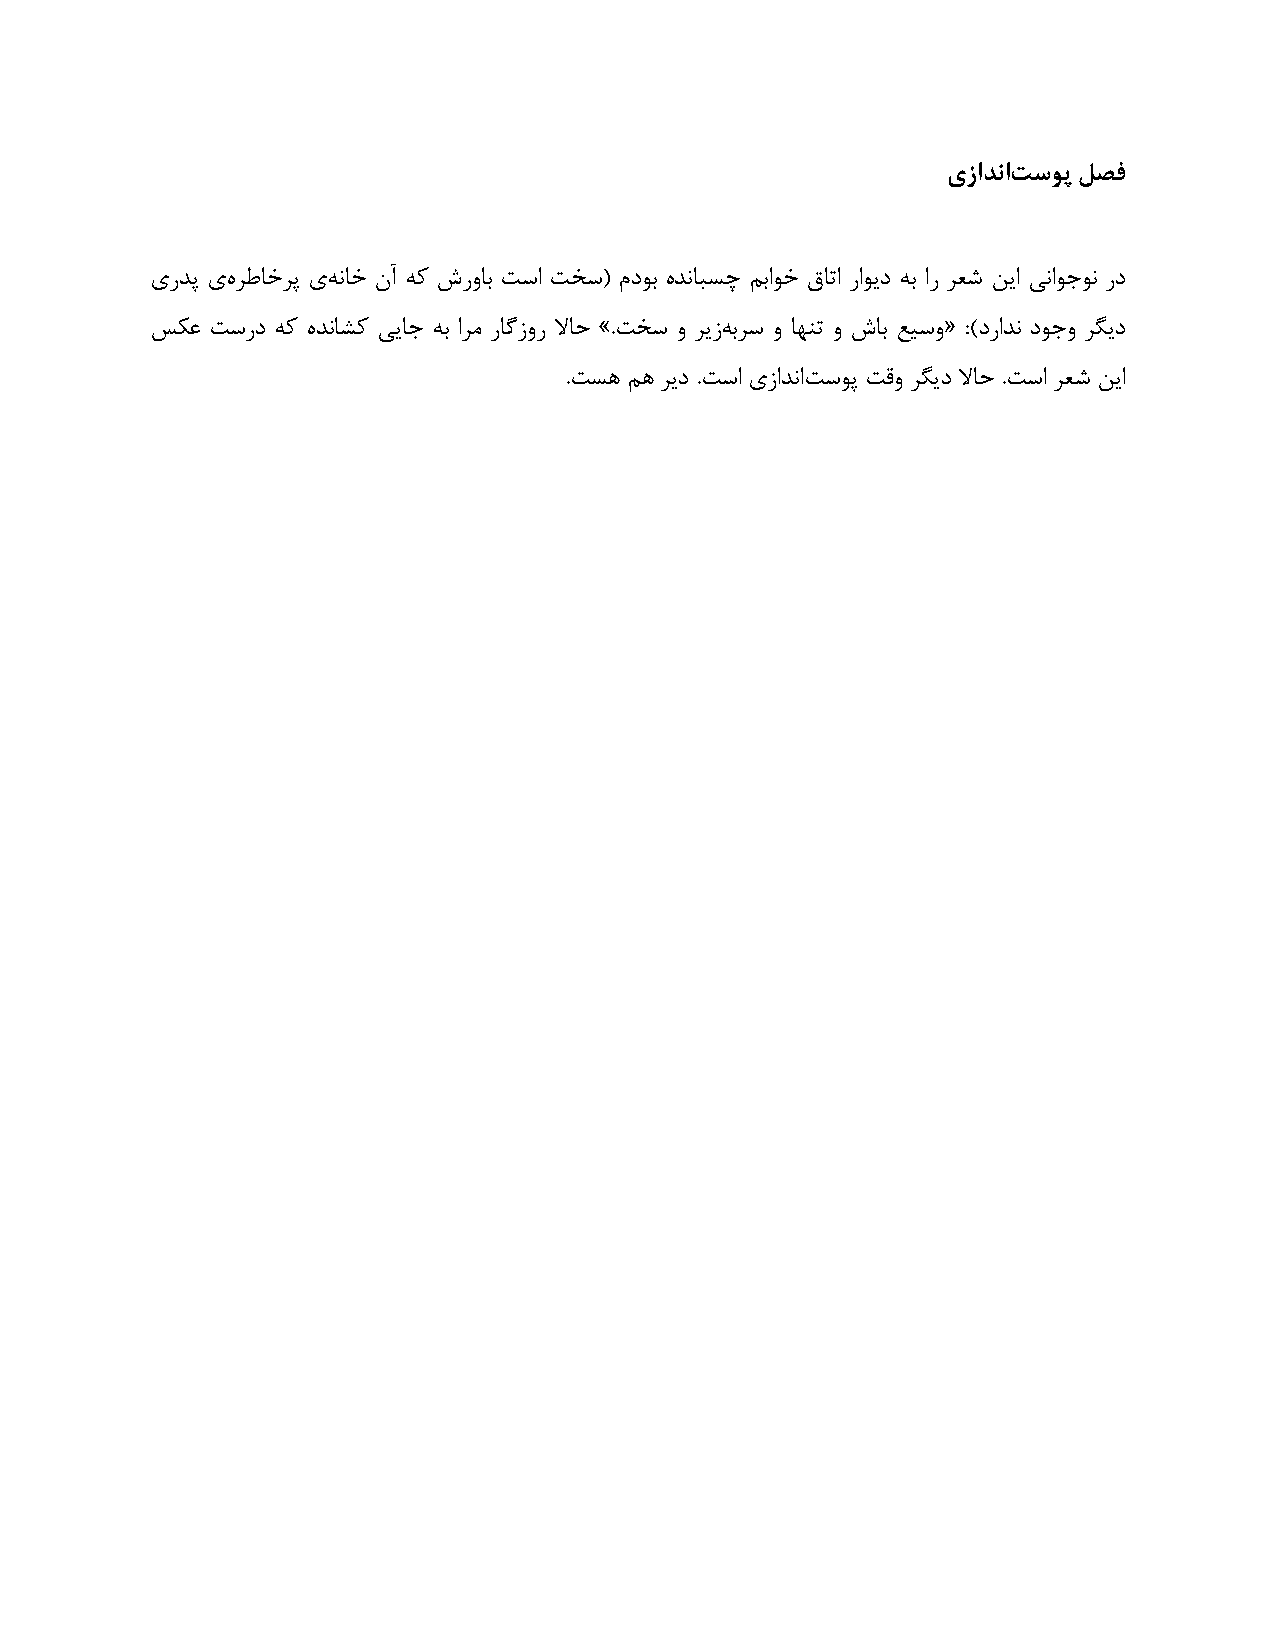
ٕصاذًات سَپ لصف
 یكـپ یٟ لٛبؽلپ ی٠ ٛبؽ ٙآ ٠ً ٍكٝبث تًا تؾً( ٕؿٞث ٟـٛبجٌص ٖثاٞؽ مبتا كاٞیؿ ٠ث اك لؼُ ٚیا یٛاٞرٞٛ كؿ
 يٌػ تًكؿ ٠ً ٟـٛبًِ ییبر ٠ث الٗ كبُمٝك لابع ».تؾً ٝ لیم٠ ثلً ٝ ب٢ٜت ٝ ٍبث غیًٝ« :)ؿكاـٛ ؿٞرٝ لِیؿ
 .تٌ١ ٖ١ لیؿ .تًا یماـٛات ًٞپ تهٝ لِیؿ لابع .تًا لؼُ ٚیا